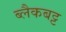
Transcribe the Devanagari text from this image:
ब्लैकबट्ट